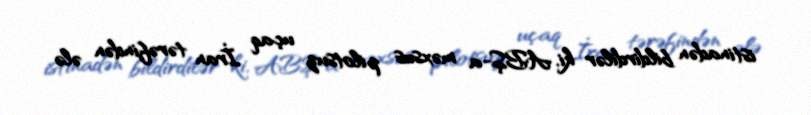
istinadən bildirdilər ki, ABŞ-a məxsus pilotsuz uçaq İran tərəfindən ələ